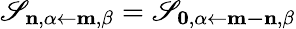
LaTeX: \mathscr{S}_{\mathbf{{n}},\alpha\leftarrow\mathbf{{m}},\beta}=\mathscr{S}_{\mathbf{{0}},\alpha\leftarrow\mathbf{{m-n}},\beta}